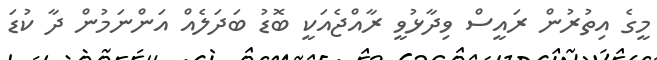
މީގެ އިތުރުން ރައީސް ވިދާޅުވީ ރާއްޖެއަކީ ބޮޑު ބަދަލެއް އަންނަމުން ދާ ކުޑަ